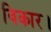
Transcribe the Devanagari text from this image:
विकार।